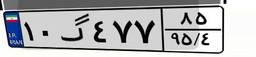
۱۰گ۴۷۷۸۵